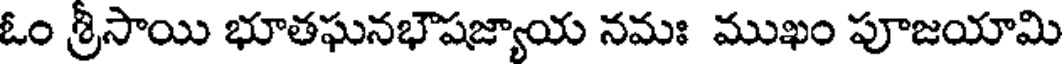
ఓం శ్రీసాయి భూతఘనభౌషజ్యాయ నమః ముఖం పూజయామి